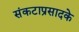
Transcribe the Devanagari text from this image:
संकटाप्रसादके